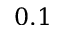
0 . 1